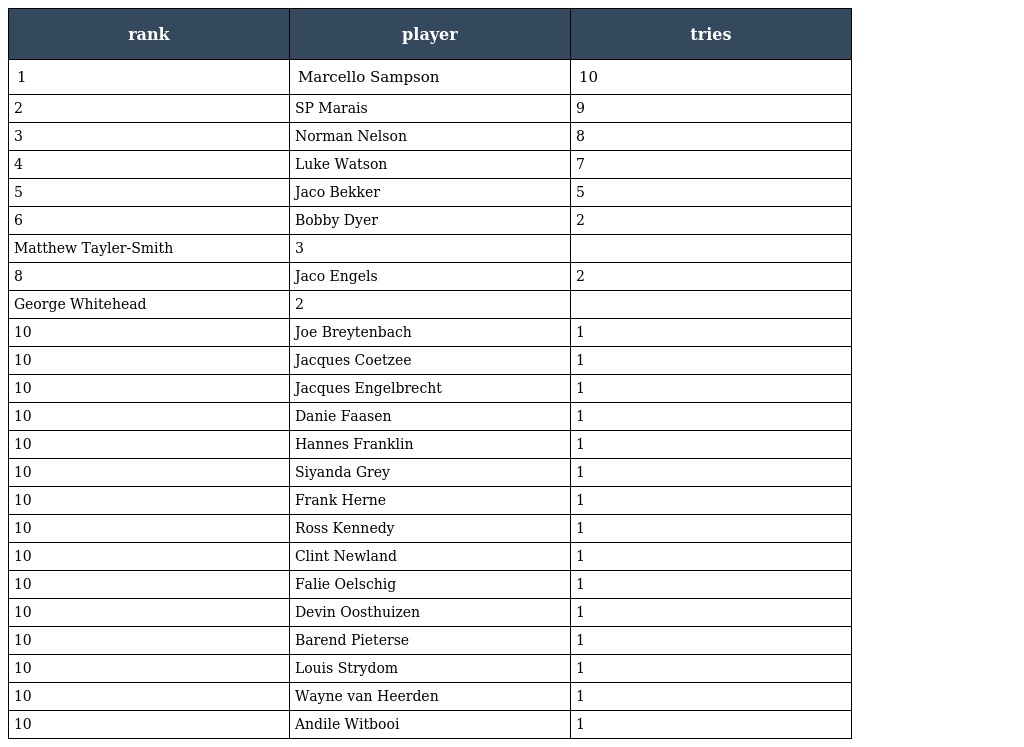
| rank | player | tries |
 | --- | --- | --- |
 | 1 | Marcello Sampson | 10 |
 | 2 | SP Marais | 9 |
 | 3 | Norman Nelson | 8 |
 | 4 | Luke Watson | 7 |
 | 5 | Jaco Bekker | 5 |
 | 6 | Bobby Dyer | 2 |
 | Matthew Tayler-Smith | 3 |  |
 | 8 | Jaco Engels | 2 |
 | George Whitehead | 2 |  |
 | 10 | Joe Breytenbach | 1 |
 | 10 | Jacques Coetzee | 1 |
 | 10 | Jacques Engelbrecht | 1 |
 | 10 | Danie Faasen | 1 |
 | 10 | Hannes Franklin | 1 |
 | 10 | Siyanda Grey | 1 |
 | 10 | Frank Herne | 1 |
 | 10 | Ross Kennedy | 1 |
 | 10 | Clint Newland | 1 |
 | 10 | Falie Oelschig | 1 |
 | 10 | Devin Oosthuizen | 1 |
 | 10 | Barend Pieterse | 1 |
 | 10 | Louis Strydom | 1 |
 | 10 | Wayne van Heerden | 1 |
 | 10 | Andile Witbooi | 1 |